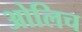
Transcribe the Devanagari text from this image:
ओलिच